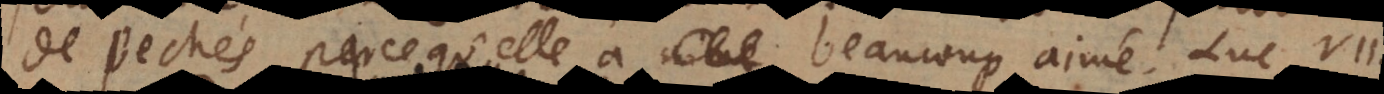
de pechés parce qu’elle a beaucoup aimé. Luc. VII